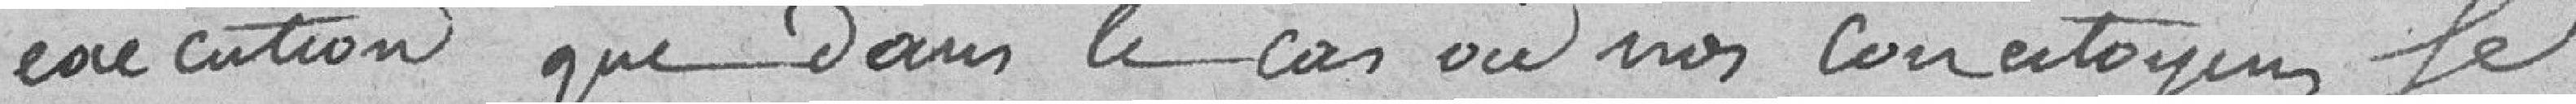
exécution que dans le cas où nos concitoyens se